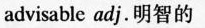
advisable adj.明智的